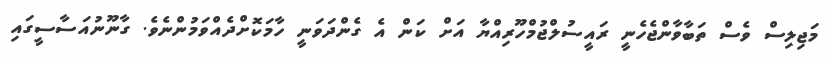
މަޖިލިސް ވެސް ތަބާވާންޖެހެނީ ރައީސުލްޖުމްހޫރިއްޔާ އަށް ކަން އެ ގެންދަވަނީ ހާމަކޮށްދެއްވަމުންނެވެ. ގާނޫނުއަސާސީގައި